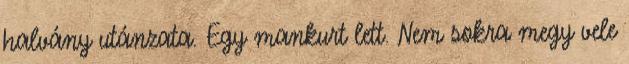
halvány utánzata. Egy mankurt lett. Nem sokra megy vele